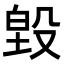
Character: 𭮵